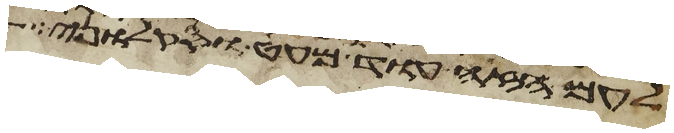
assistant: לעם הזה עוד מעט וסקלוני